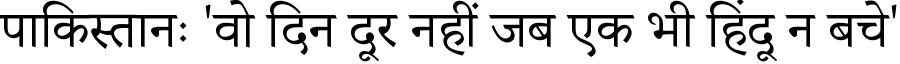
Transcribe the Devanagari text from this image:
पाकिस्तानः 'वो दिन दूर नहीं जब एक भी हिंदू न बचे'